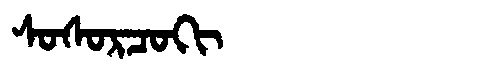
Manchu: ᠰᠣᠰᠣᡵᠴᠣᡴᡳ
Romanization: SOSORCOKI